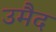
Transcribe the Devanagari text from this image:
उमैद